Leningradi_Edasi_toimetus, lk 6
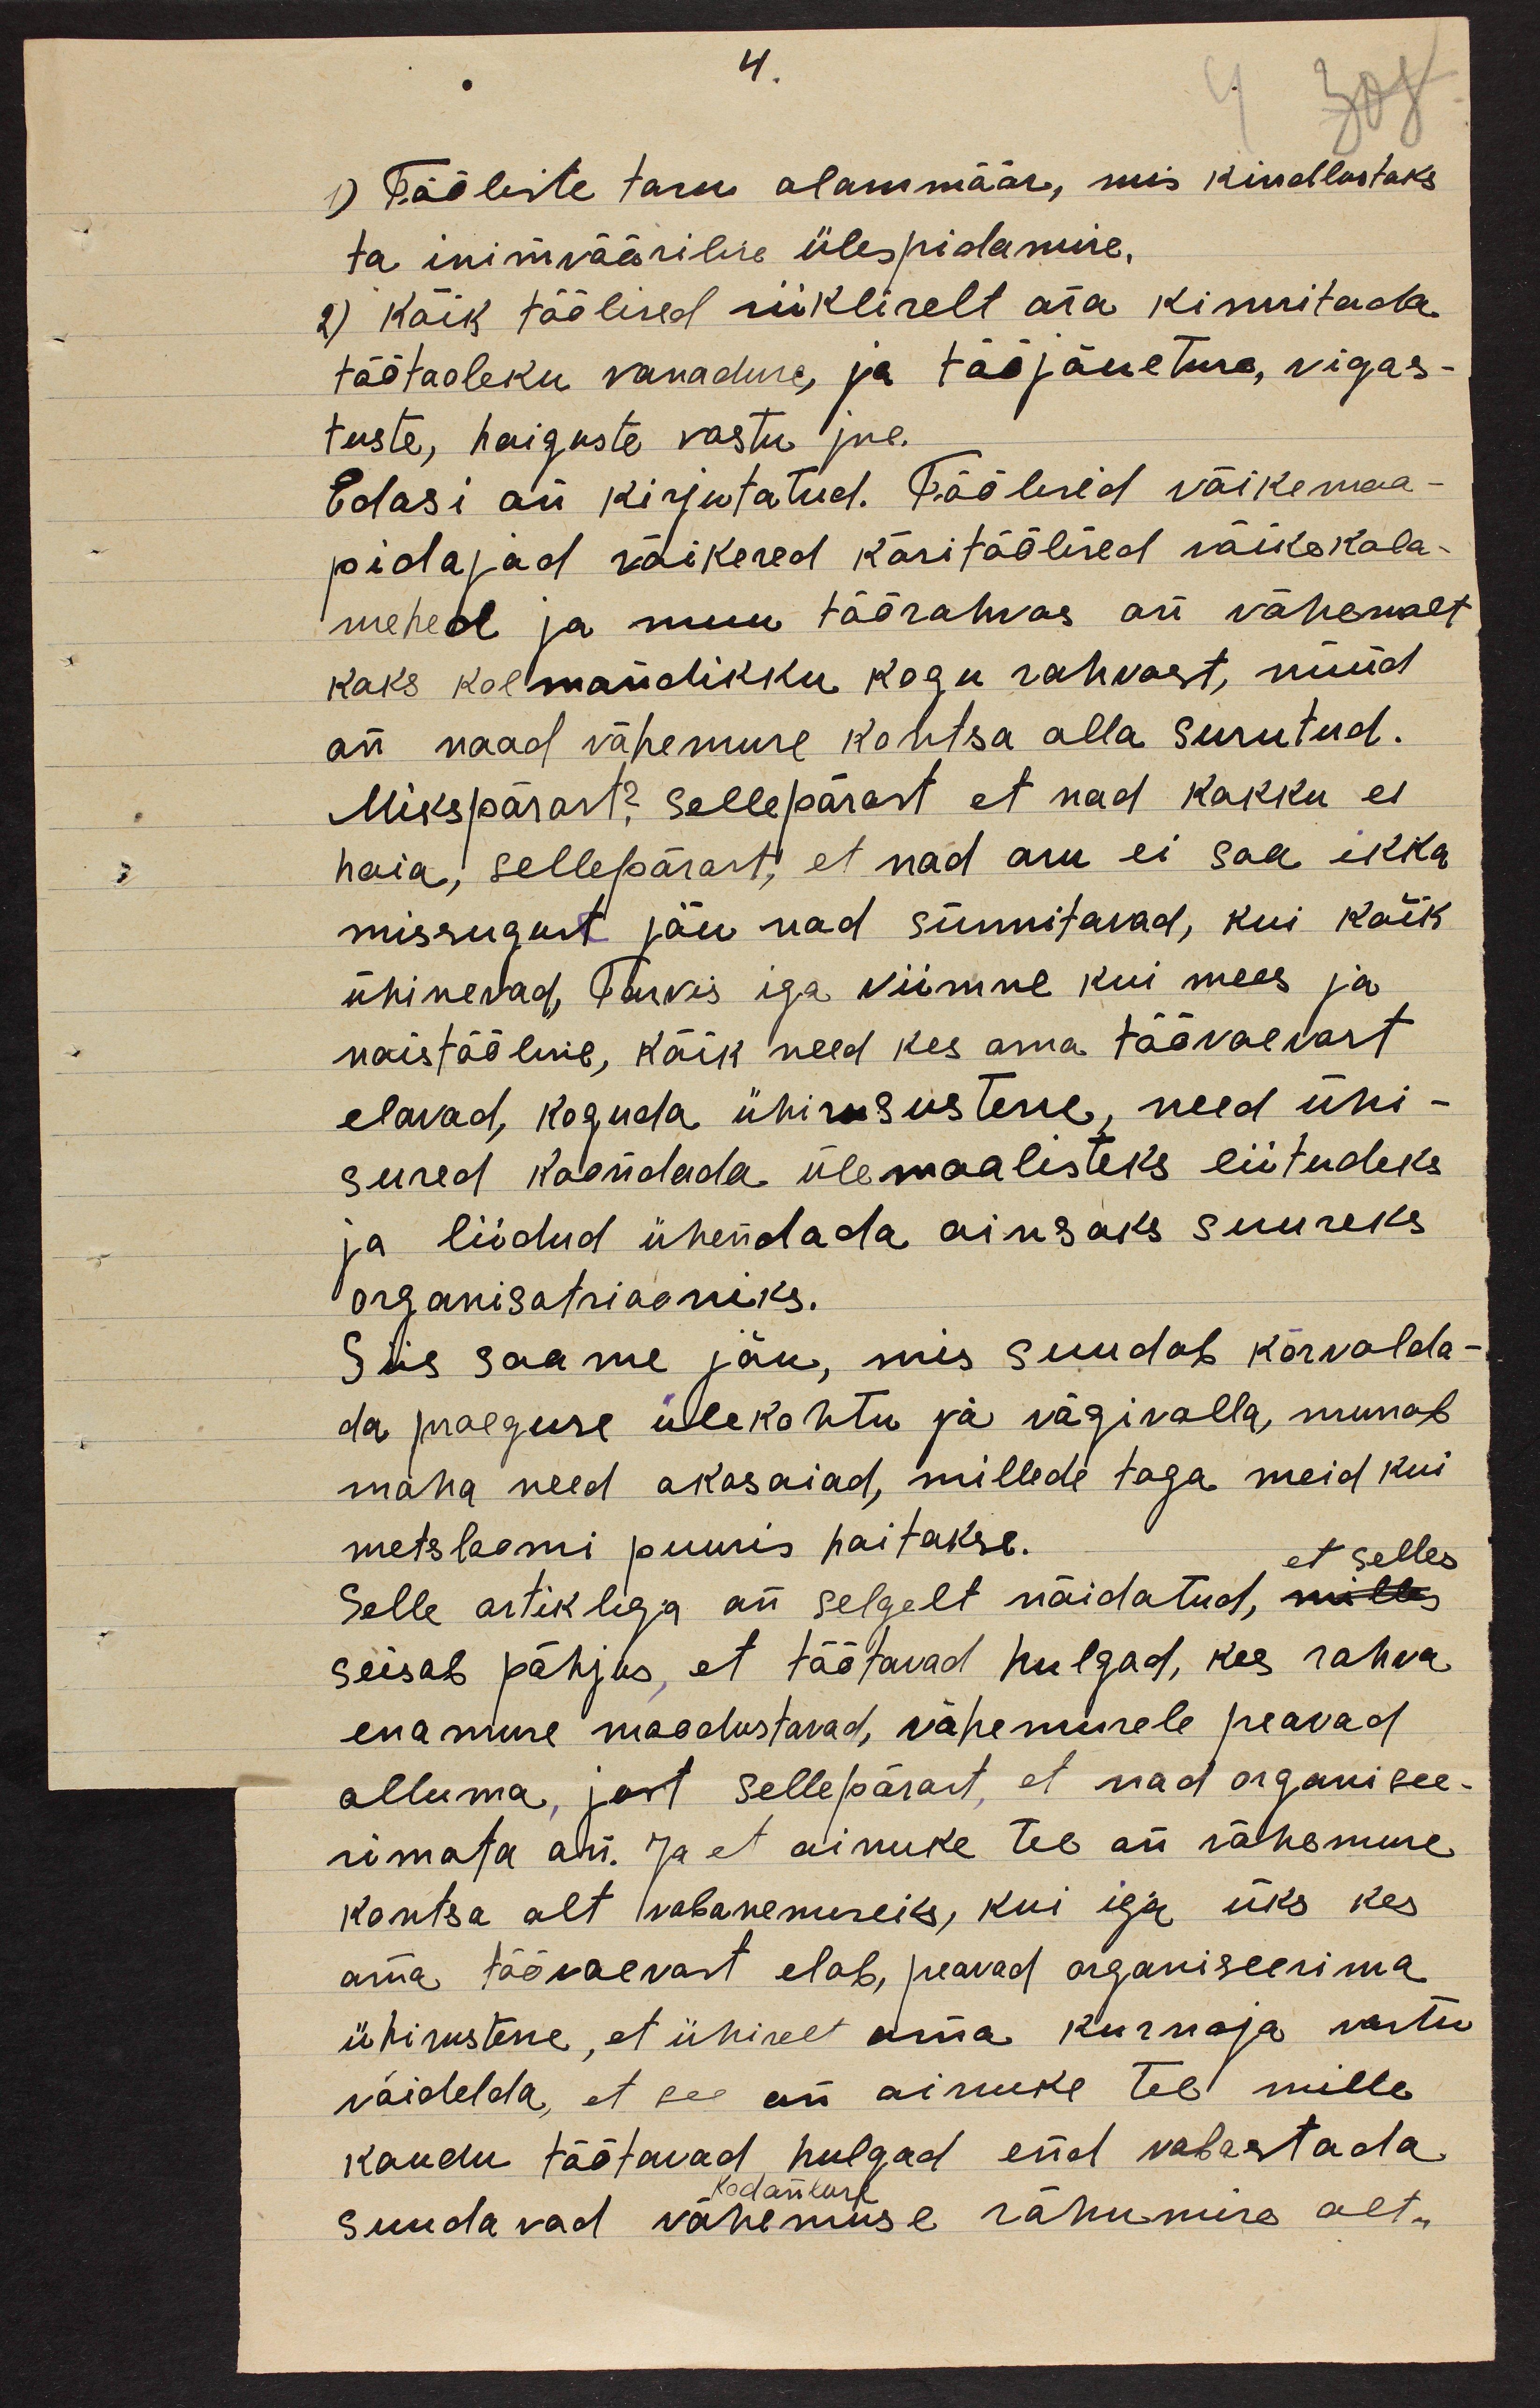
4.
1) Tööliste tasu alammäär, mis kindlustaks
ta inimväärilise ülespidamise.
2) Kõik töölised riikliselt ära kinnitada
töötaoleku vanaduse, ja tööjõuetuse, vigas-
tuste, haiguste vastu jne.
Edasi on kirjutatud. Töölised väikemaa-
pidajad väikesed käsitöölised väikekala-
mehed ja muu töörahvas on vähemalt
kaks kolmandikku kogu rahvast, nüüd
on naad vähemuse kohtsa alla surutud.
Mikspärast? Sellepärast et nad kokku ei
hoia, sellepärast, et nad aru ei saa ikka
missuguse jõu nad sünnitavad, kui kõik
ühinevad, Tarvis iga viimne kui mees ja
naistööline, kõik need kes oma töövaevast
elavad, koguda ühisusustesse, need ühi-
sused koondada ülemaalisteks liitudeks
ja liidud ühendada ainsaks suureks
organisatsiooniks.
Siis saame jõu, mis suudab kõrvalda-
da praeguse ülekohtu ja vägivalla, murrab
maha need okasaiad, millede taga meid kui
metsloomi puuris hoitakse.
et selles
Selle artikliga on selgelt näidatud, milles
seisab põhjus, et töötavad hulgad, kes rahva
enamuse moodustavad, vähemusele peavad
alluma, just sellepärast, et nad organisee-
rimata on. Ja et ainuke tee on vähemuse
kontsa alt vabanemiseks, kui iga üks kes
oma töövaevast elab, peavad organiseerima
ühisustesse, et ühiselt oma kurnaja vastu
võidelda, et see on ainuke tee mille
kaudu töötavad hulgad end vabastada
kodanlase
suudavad vähemuse rõhumise alt.